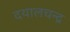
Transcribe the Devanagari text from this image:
दयालचन्द्र